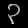
Digit: ၃